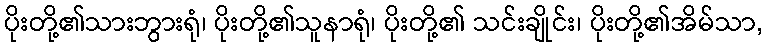
ပိုးတို့၏သားဘွားရုံ၊ ပိုးတို့၏သူနာရုံ၊ ပိုးတို့၏ သင်းချိုင်း၊ ပိုးတို့၏အိမ်သာ,